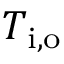
T _ { \mathrm { i , o } }